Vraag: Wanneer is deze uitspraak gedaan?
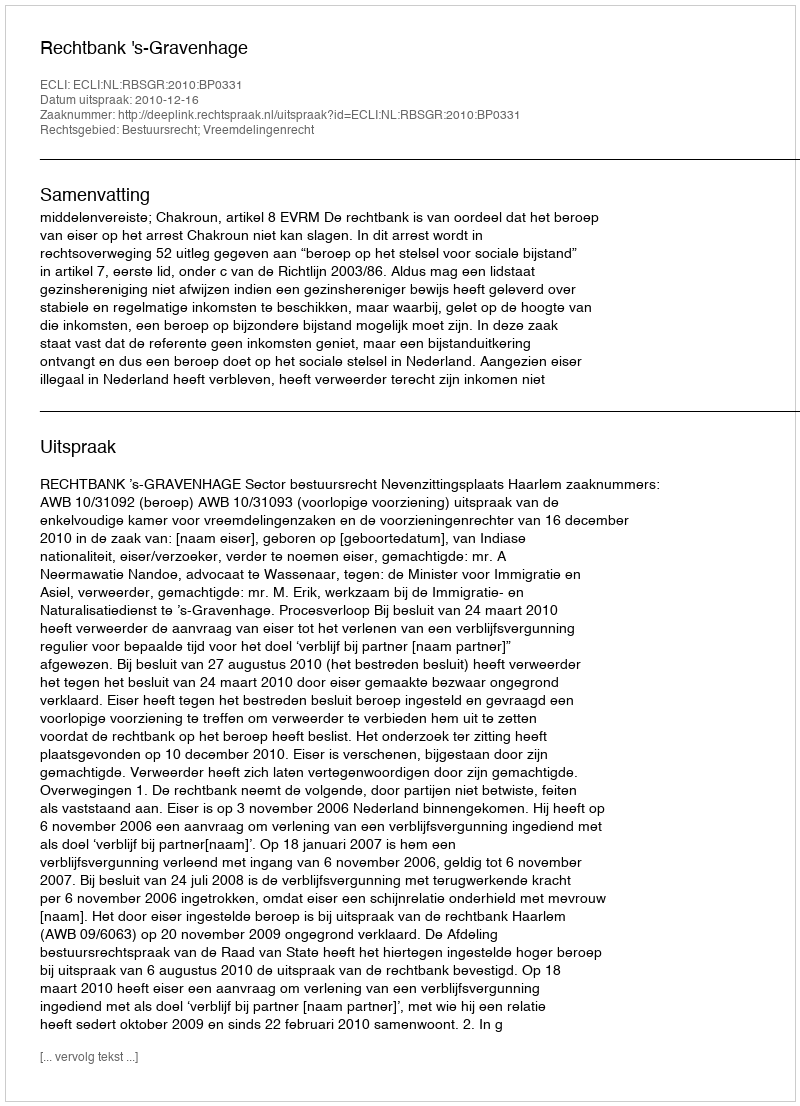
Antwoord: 2010-12-16